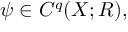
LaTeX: \psi \in C ^ { q } ( X ; R ) ,